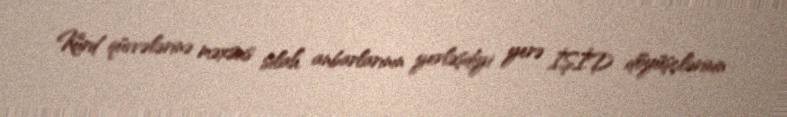
Kürd qüvvələrinə məxsus silah anbarlarının yerləşdiyi yerə İŞİD döyüşçlərinin